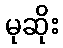
မုဆိုး